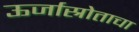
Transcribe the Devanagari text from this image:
ऊर्जास्रोताचा